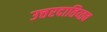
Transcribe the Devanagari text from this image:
उत्तरदातिय्तव